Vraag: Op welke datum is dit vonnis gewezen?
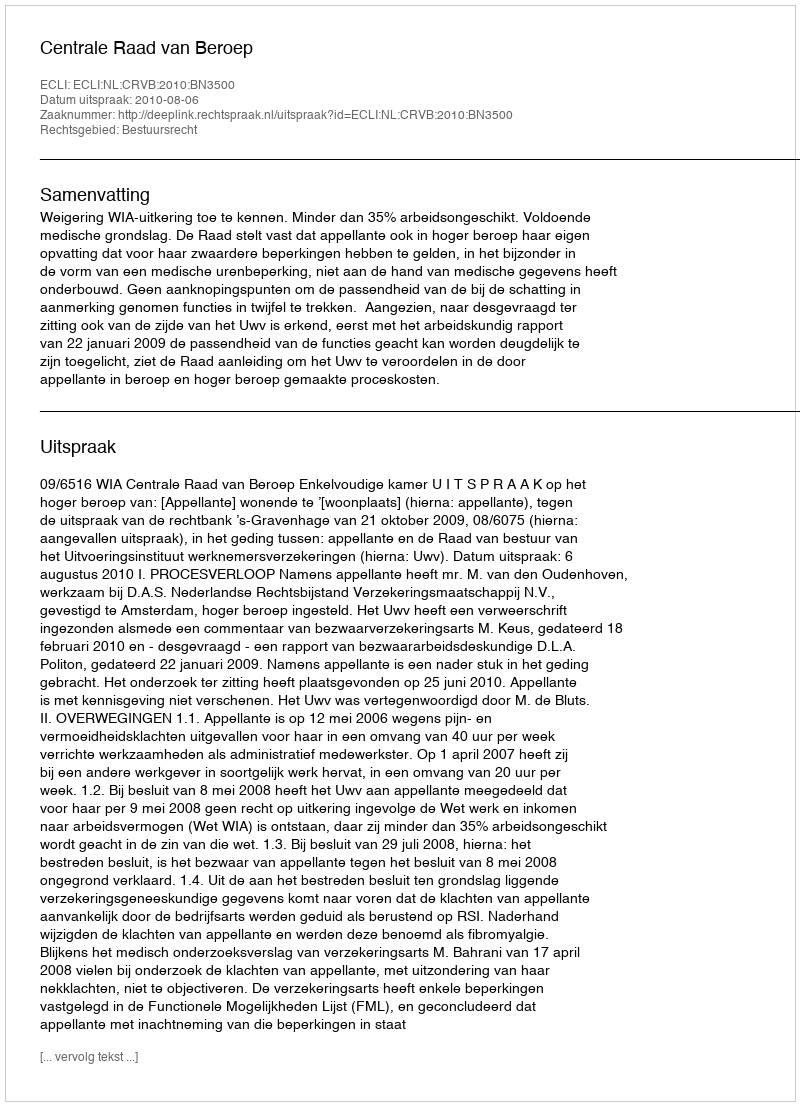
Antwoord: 2010-08-06